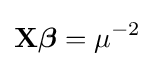
\mathbf {X} {\boldsymbol {\beta }}=\mu ^{-2}\,\!